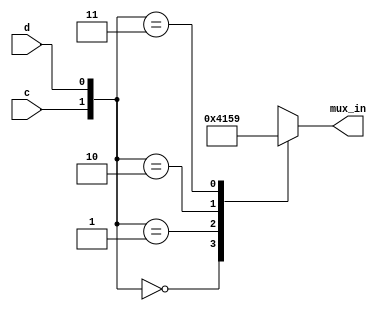
module top_module (
    input c,
    input d,
    output reg [3:0] mux_in
); 
    
    always @(*) begin
        case({c,d})
            2'b00 : mux_in = 4'b0100;
            2'b01 : mux_in = 4'b0001;
            2'b10 : mux_in = 4'b0101;
            2'b11 : mux_in = 4'b1001;
            default : mux_in = 4'b0000;
        endcase
	end

endmodule